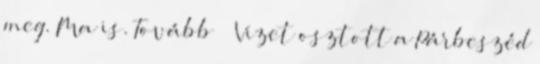
meg. Ma is. Tovább › ›Vizet osztott a Párbeszéd